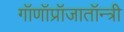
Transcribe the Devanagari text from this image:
गॉणॉप्रॉजातॉन्त्री